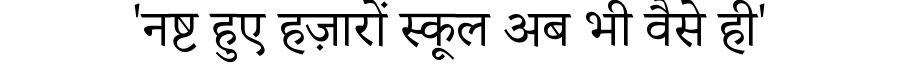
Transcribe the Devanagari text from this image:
'नष्ट हुए हज़ारों स्कूल अब भी वैसे ही'